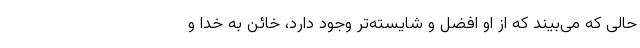
حالی که می‌بیند که از او افضل و شایسته‌تر وجود دارد، خائن به خدا و